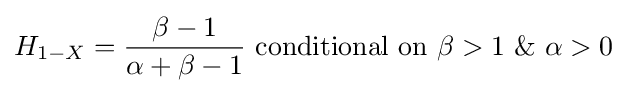
H_{1-X}={\frac {\beta -1}{\alpha +\beta -1}}{\text{ conditional on }}\beta >1\,\,\&\,\,\alpha >0